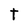
Character: t